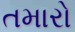
તમારો